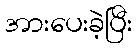
အားပေးခဲ့ပြီး